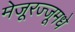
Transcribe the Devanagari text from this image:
मेजूरज्जूमधे